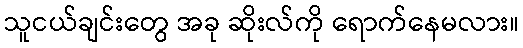
သူငယ်ချင်းတွေ အခု ဆိုးလ်ကို ရောက်နေမလား။